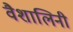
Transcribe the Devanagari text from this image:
वैशालिनी